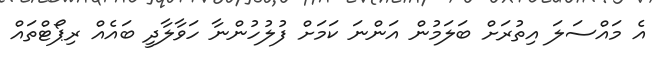
އެ މައްސަލަ އިތުރަށް ބަލަމުން އަންނަ ކަމަށް ފުލުހުންނާ ހަވާލާދީ ބައެއް ރިޕޯޓްތައް